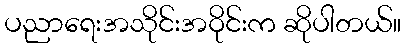
ပညာရေးအသိုင်းအဝိုင်းက ဆိုပါတယ်။